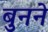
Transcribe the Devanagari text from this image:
बुुनने